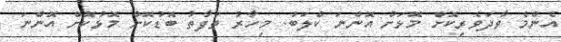
އެންމެ ވާދަވެރިކޮށް މޮޅަށް އޮންނަ ކްލަބު. މިހާރު ތަފާތު ބޮޑުކޮށް މޮޅުކޮށް އޮންނަ